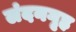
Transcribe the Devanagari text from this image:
लंदनगृह